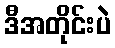
ဒီအတိုင်းပဲ